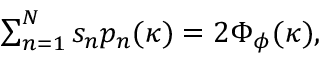
\begin{array} { r } { \sum _ { n = 1 } ^ { N } s _ { n } p _ { n } ( \boldsymbol { \kappa } ) = 2 \Phi _ { \phi } ( \boldsymbol { \kappa } ) , } \end{array}